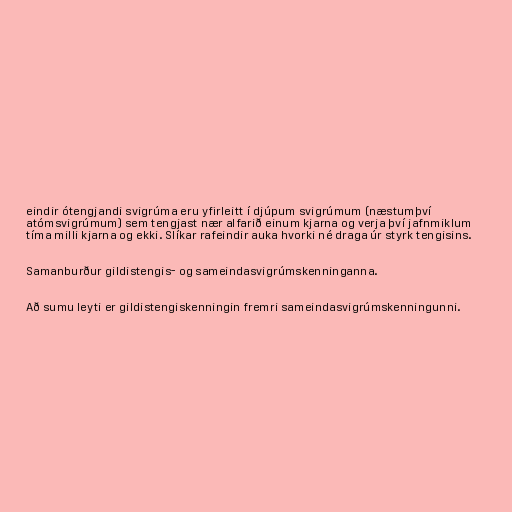
eindir ótengjandi svigrúma eru yfirleitt í djúpum svigrúmum (næstumþví
atómsvigrúmum) sem tengjast nær alfarið einum kjarna og verja því jafnmiklum
tíma milli kjarna og ekki. Slíkar rafeindir auka hvorki né draga úr styrk tengisins.

Samanburður gildistengis- og sameindasvigrúmskenninganna.

Að sumu leyti er gildistengiskenningin fremri sameindasvigrúmskenningunni.